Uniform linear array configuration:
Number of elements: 8
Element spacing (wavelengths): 0.25
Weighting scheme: hamming
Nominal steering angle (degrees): -30
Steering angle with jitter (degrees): -31.846
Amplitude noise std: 0.05
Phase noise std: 0.05

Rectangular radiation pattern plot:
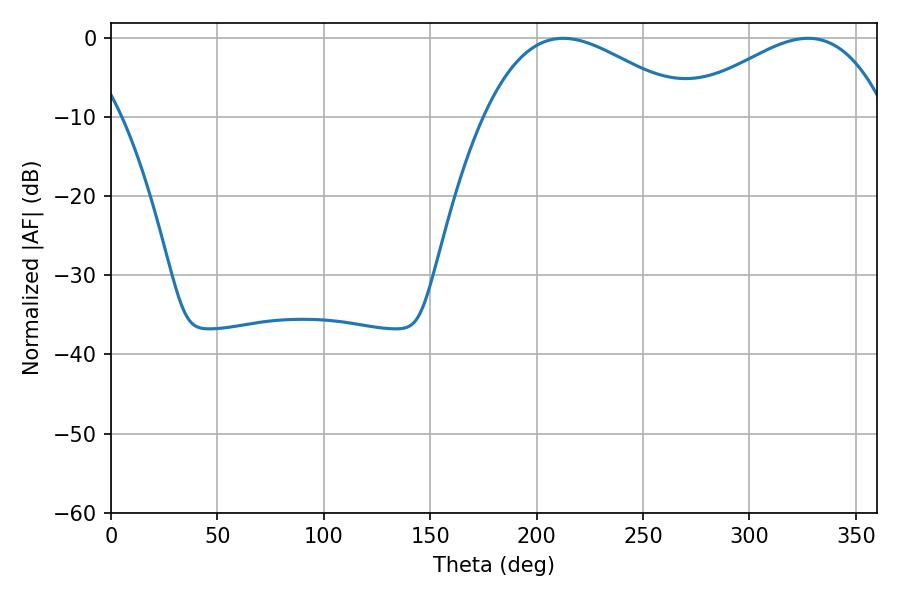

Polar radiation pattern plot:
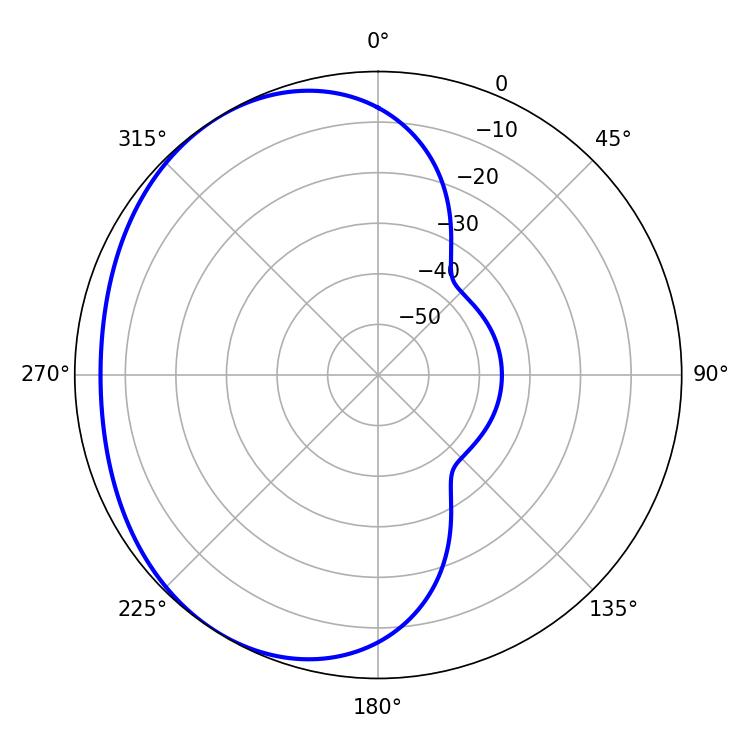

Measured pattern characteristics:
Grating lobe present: FALSE
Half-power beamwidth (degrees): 52.74
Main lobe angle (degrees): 212.4